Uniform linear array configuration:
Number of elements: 4
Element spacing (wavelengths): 0.5
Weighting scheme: exponential
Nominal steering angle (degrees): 0
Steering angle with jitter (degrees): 0.9764
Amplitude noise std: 0.05
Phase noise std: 0.05

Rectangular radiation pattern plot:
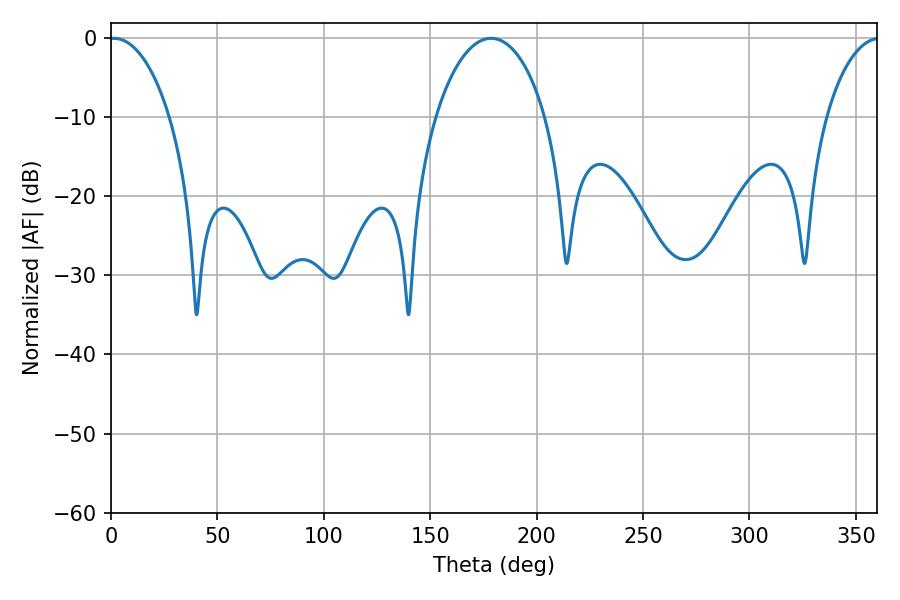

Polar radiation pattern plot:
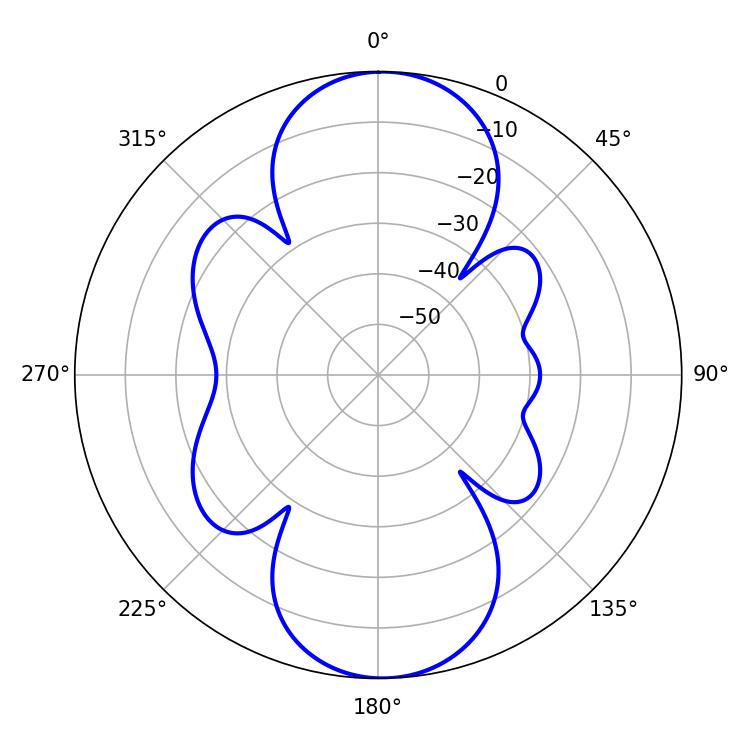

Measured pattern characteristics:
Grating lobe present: FALSE
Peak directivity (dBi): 20.647
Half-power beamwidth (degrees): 16.2
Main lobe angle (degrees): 1.44